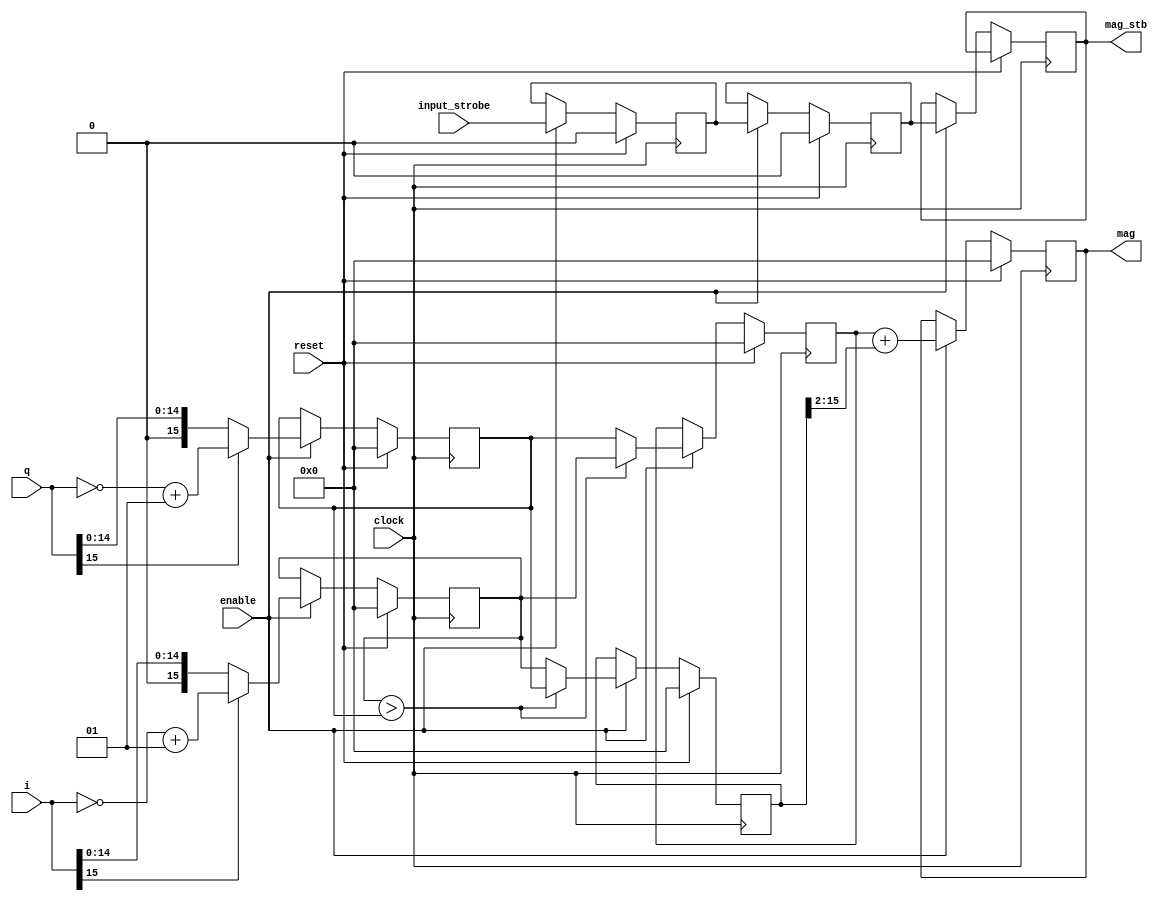
// This program was cloned from: https://github.com/jhshi/openofdm
// License: Apache License 2.0

module complex_to_mag
#(
    parameter DATA_WIDTH = 16
)
(
    input clock,
    input enable,
    input reset,

    input signed [DATA_WIDTH-1:0] i,
    input signed [DATA_WIDTH-1:0] q,
    input input_strobe,

    output reg [DATA_WIDTH-1:0] mag,
    output reg mag_stb
);

reg [DATA_WIDTH-1:0] abs_i;
reg [DATA_WIDTH-1:0] abs_q;

reg [DATA_WIDTH-1:0] max;
reg[ DATA_WIDTH-1:0] min;

reg input_strobe_reg0;
reg input_strobe_reg1;

// delayT #(.DATA_WIDTH(1), .DELAY(3)) stb_delay_inst (
//     .clock(clock),
//     .reset(reset),

//     .data_in(input_strobe),
//     .data_out(mag_stb)
// );


// http://dspguru.com/dsp/tricks/magnitude-estimator
// alpha = 1, beta = 1/4
// avg err 0.006
always @(posedge clock) begin
    if (reset) begin
        mag <= 0;
        abs_i <= 0;
        abs_q <= 0;
        max <= 0;
        min <= 0;
        input_strobe_reg0 <= 0;
        input_strobe_reg1 <= 0;
    end else if (enable) begin
        abs_i <= i[DATA_WIDTH-1]? (~i+1): i;
        abs_q <= q[DATA_WIDTH-1]? (~q+1): q;

        max <= abs_i > abs_q? abs_i: abs_q;
        min <= abs_i > abs_q? abs_q: abs_i;

        mag <= max + (min>>2);

        input_strobe_reg0 <= input_strobe;
        input_strobe_reg1 <= input_strobe_reg0;
        mag_stb           <= input_strobe_reg1;
    end
end

endmodule